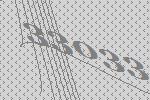
33033